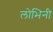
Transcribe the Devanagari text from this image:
लोभिनी